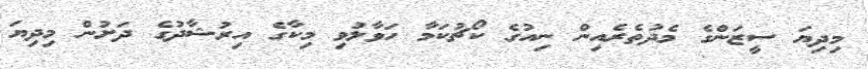
މިދިޔަ ސީޒަންގެ މެދުތެރެއިން ނިއުގެ ކޯޗުކަމާ ހަވާލުވި މިކާގެ އިރުޝާދުގެ ދަށުން މިދިޔަ